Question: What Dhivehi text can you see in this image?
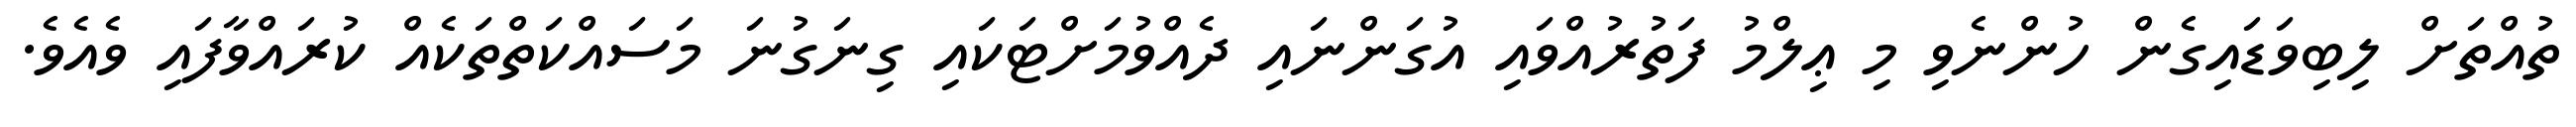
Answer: ތުއްތަށް ލިބިވަޑައިގެން ހުންނެވި މި ޢިލްމު ފަތުރުއްވައި އުގަންނައި ދެއްވުމަށްޓަކައި ގިނަގުނަ މަސައްކަތްތަކެއް ކުރައްވާފައި ވެއެވެ.